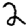
Digit: 2